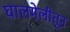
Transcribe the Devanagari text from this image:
घालमेलीतून